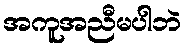
အကူအညီမပါဘဲ